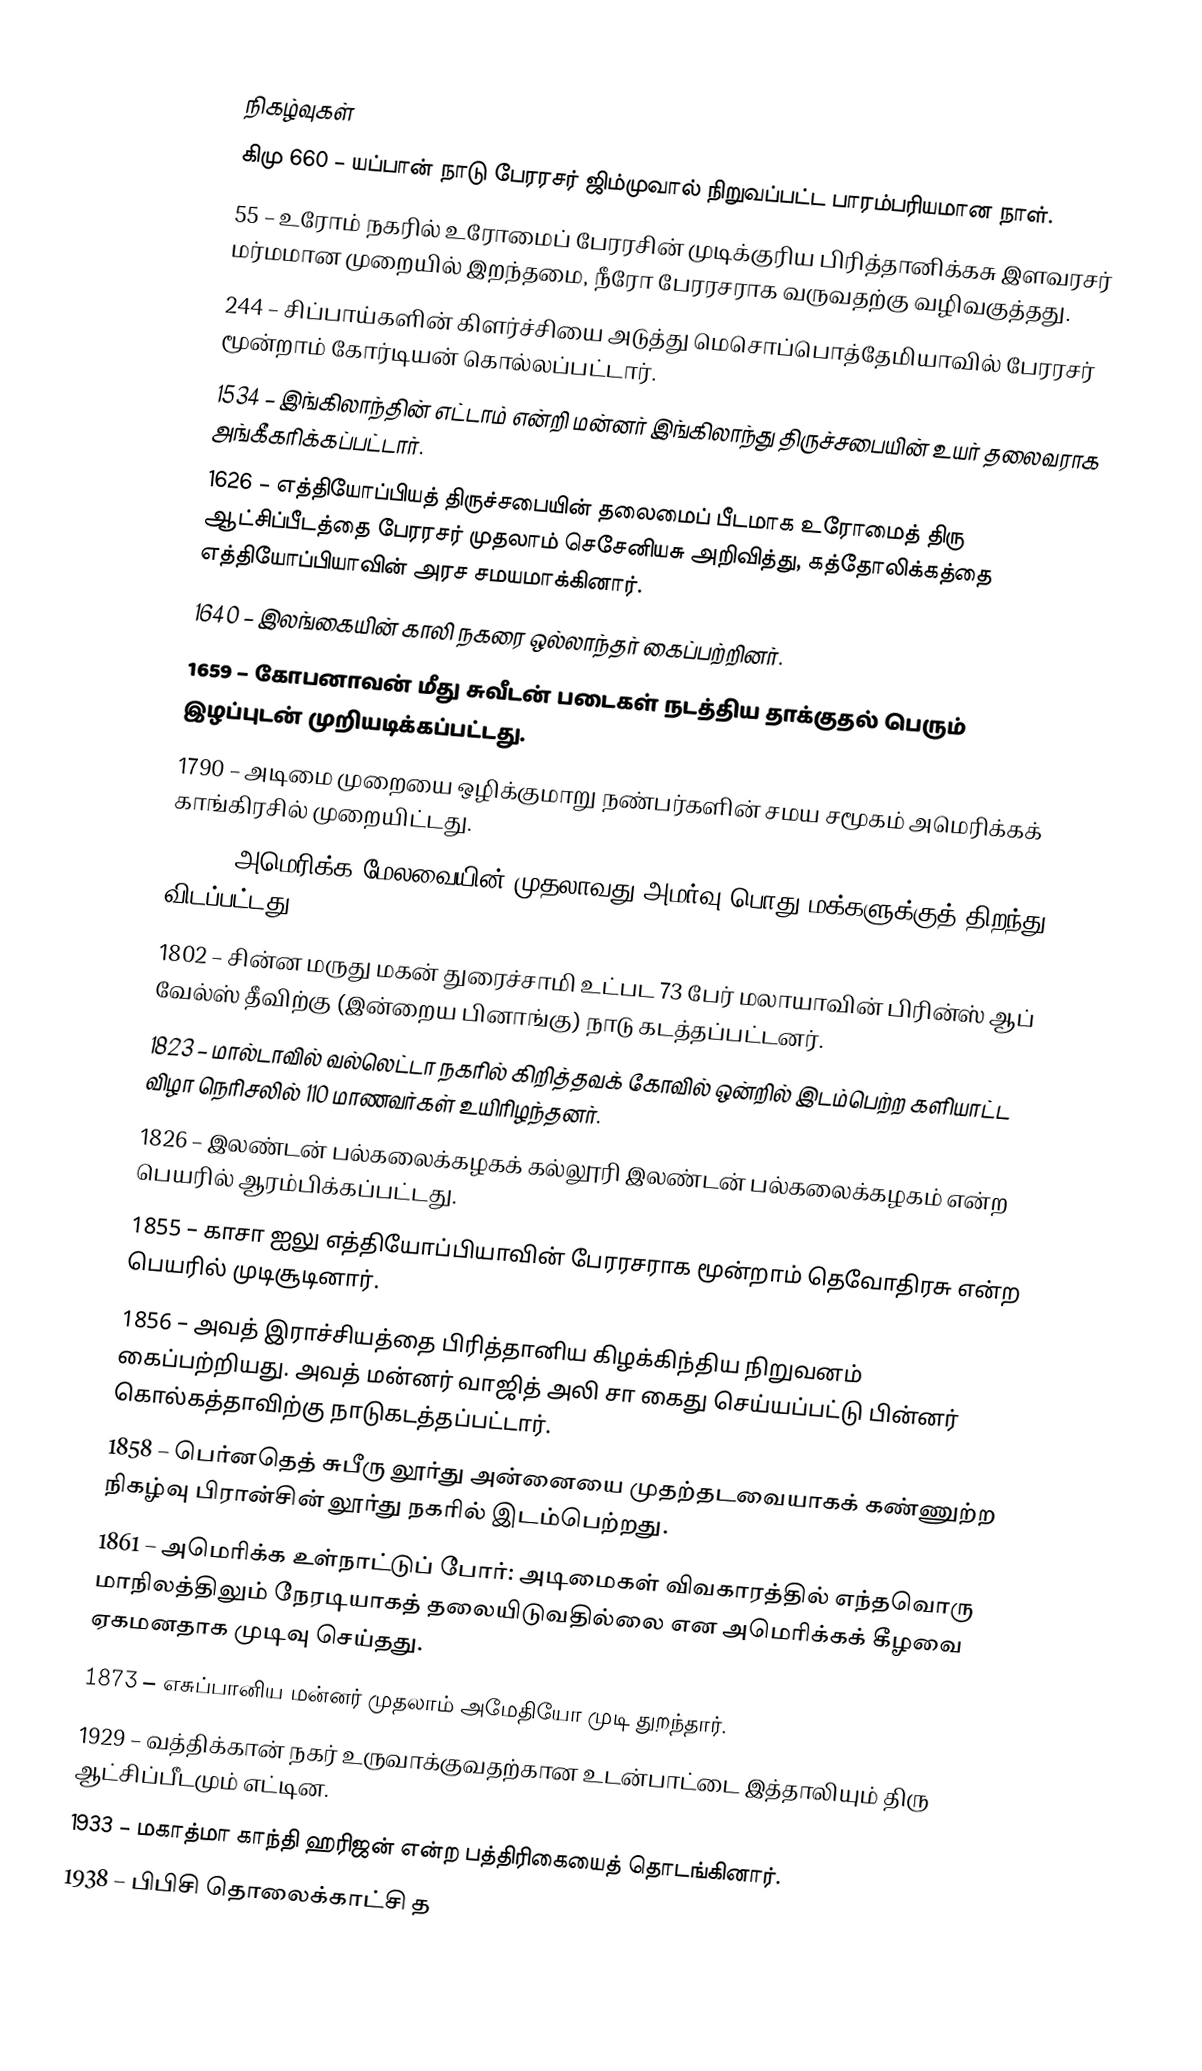

நிகழ்வுகள்
கிமு 660 – யப்பான் நாடு பேரரசர் ஜிம்முவால் நிறுவப்பட்ட பாரம்பரியமான நாள்.
55 – உரோம் நகரில் உரோமைப் பேரரசின் முடிக்குரிய பிரித்தானிக்கசு இளவரசர் மர்மமான முறையில் இறந்தமை, நீரோ பேரரசராக வருவதற்கு வழிவகுத்தது.
244 – சிப்பாய்களின் கிளர்ச்சியை அடுத்து மெசொப்பொத்தேமியாவில் பேரரசர் மூன்றாம் கோர்டியன் கொல்லப்பட்டார்.
1534 – இங்கிலாந்தின் எட்டாம் என்றி மன்னர் இங்கிலாந்து திருச்சபையின் உயர் தலைவராக அங்கீகரிக்கப்பட்டார்.
1626 – எத்தியோப்பியத் திருச்சபையின் தலைமைப் பீடமாக உரோமைத் திரு ஆட்சிப்பீடத்தை பேரரசர் முதலாம் செசேனியசு அறிவித்து, கத்தோலிக்கத்தை எத்தியோப்பியாவின் அரச சமயமாக்கினார்.
1640 – இலங்கையின் காலி நகரை ஒல்லாந்தர் கைப்பற்றினர்.
1659 – கோபனாவன் மீது சுவீடன் படைகள் நடத்திய தாக்குதல் பெரும் இழப்புடன் முறியடிக்கப்பட்டது.
1790 – அடிமை முறையை ஒழிக்குமாறு நண்பர்களின் சமய சமூகம் அமெரிக்கக் காங்கிரசில் முறையிட்டது.
1794 – அமெரிக்க மேலவையின் முதலாவது அமர்வு பொது மக்களுக்குத் திறந்து விடப்பட்டது.
1802 – சின்ன மருது மகன் துரைச்சாமி உட்பட 73 பேர் மலாயாவின் பிரின்ஸ் ஆப் வேல்ஸ் தீவிற்கு (இன்றைய பினாங்கு) நாடு கடத்தப்பட்டனர்.
1823 – மால்டாவில் வல்லெட்டா நகரில் கிறித்தவக் கோவில் ஒன்றில் இடம்பெற்ற களியாட்ட விழா நெரிசலில் 110 மாணவர்கள் உயிரிழந்தனர்.
1826 – இலண்டன் பல்கலைக்கழகக் கல்லூரி இலண்டன் பல்கலைக்கழகம் என்ற பெயரில் ஆரம்பிக்கப்பட்டது.
1855 – காசா ஐலு எத்தியோப்பியாவின் பேரரசராக மூன்றாம் தெவோதிரசு என்ற பெயரில் முடிசூடினார்.
1856 – அவத் இராச்சியத்தை பிரித்தானிய கிழக்கிந்திய நிறுவனம் கைப்பற்றியது. அவத் மன்னர் வாஜித் அலி சா கைது செய்யப்பட்டு பின்னர் கொல்கத்தாவிற்கு நாடுகடத்தப்பட்டார்.
1858 – பெர்னதெத் சுபீரு லூர்து அன்னையை முதற்தடவையாகக் கண்ணுற்ற நிகழ்வு பிரான்சின் லூர்து நகரில் இடம்பெற்றது.
1861 – அமெரிக்க உள்நாட்டுப் போர்: அடிமைகள் விவகாரத்தில் எந்தவொரு மாநிலத்திலும் நேரடியாகத் தலையிடுவதில்லை என அமெரிக்கக் கீழவை ஏகமனதாக முடிவு செய்தது.
1873 – எசுப்பானிய மன்னர் முதலாம் அமேதியோ முடி துறந்தார்.
1929 – வத்திக்கான் நகர் உருவாக்குவதற்கான உடன்பாட்டை இத்தாலியும் திரு ஆட்சிப்பீடமும் எட்டின.
1933 – மகாத்மா காந்தி ஹரிஜன் என்ற பத்திரிகையைத் தொடங்கினார்.
1938 – பிபிசி தொலைக்காட்சி த